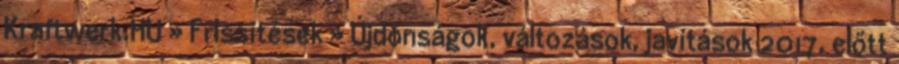
Kraftwerk.HU » Frissítések » Újdonságok, változások, javítások 2017. előtt